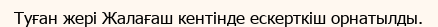
Туған жері Жалағаш кентінде ескерткіш орнатылды.